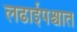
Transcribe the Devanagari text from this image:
लढाईपश्चात